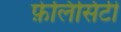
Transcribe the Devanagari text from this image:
फ़ेलिसिटी